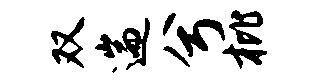
双遄兮枇